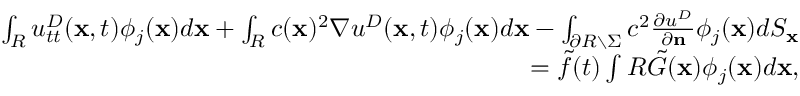
\begin{array} { r } { \int _ { R } u _ { t t } ^ { D } ( \mathbf x , t ) \phi _ { j } ( \mathbf x ) d \mathbf x + \int _ { R } c ( \mathbf x ) ^ { 2 } \nabla u ^ { D } ( \mathbf x , t ) \phi _ { j } ( \mathbf x ) d \mathbf x - \int _ { \partial R \setminus \Sigma } c ^ { 2 } { \frac { \partial u ^ { D } } { \partial \mathbf n } } \phi _ { j } ( \mathbf x ) d S _ { \mathbf x } } \\ { = \tilde { f } ( t ) \int R \tilde { G } ( \mathbf x ) \phi _ { j } ( \mathbf x ) d \mathbf x , } \end{array}